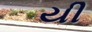
યી